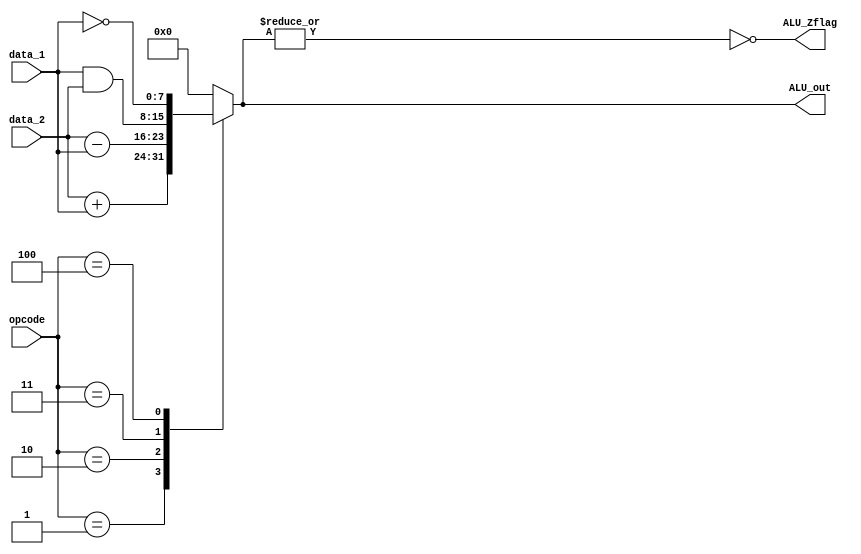
`define NOP     4'b0000 
`define ADD     4'b0001
`define SUB     4'b0010
`define AND     4'b0011
`define NOT     4'b0100
`define RD      4'b0101
`define WR      4'b0110
`define BR      4'b0111
`define BRZ     4'b1000
module Arithmetic_Logic_Unit(
    output reg [7:0] ALU_out,
    output ALU_Zflag,
    input [7:0] data_1, data_2,
    input [3:0] opcode
);
    
    assign ALU_Zflag = ~|ALU_out; //reduction nor
    always @(opcode or data_1 or data_2) begin
        case(opcode)
            `ADD :      ALU_out = data_2 + data_1;
            `SUB :      ALU_out = data_2 - data_1;
            `AND :      ALU_out = data_1 & data_2;
            `NOT :      ALU_out = ~ data_1;
            default :   ALU_out = 0;
        endcase
    end
endmodule 

module Arithmetic_Logic_Unit_tb;
    reg [7:0] data_1, data_2;
    reg [3:0] opcode;
    wire[7:0] out;
    wire      Zflag;            
    Arithmetic_Logic_Unit ALU(out, Zflag, data_1, data_2, opcode);
    initial begin
        #0 data_1 = 64; data_2 = 128; opcode = `NOP;
        // 64 =  01000000
        // 128 = 10000000
        #5 opcode = `ADD; //result should be 192
        #5 opcode = `SUB; //result should be 64
        #5 opcode = `AND; //result should be 0
        #5 opcode = `NOT; //result should be 127
    end
endmodule